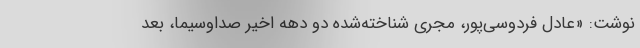
نوشت: «عادل فردوسی‌پور، مجری شناخته‌شده دو دهه اخیر صداوسیما، بعد